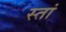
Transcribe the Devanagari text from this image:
स्तां